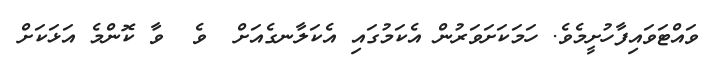
ވައްޓަވައިފާހުށީމެވެ. ހަމަކަށަވަރުން އެކަމުގައި އެކަލާނގެއަށް  ވެ  ވާ ކޮންމެ އަޅަކަށް